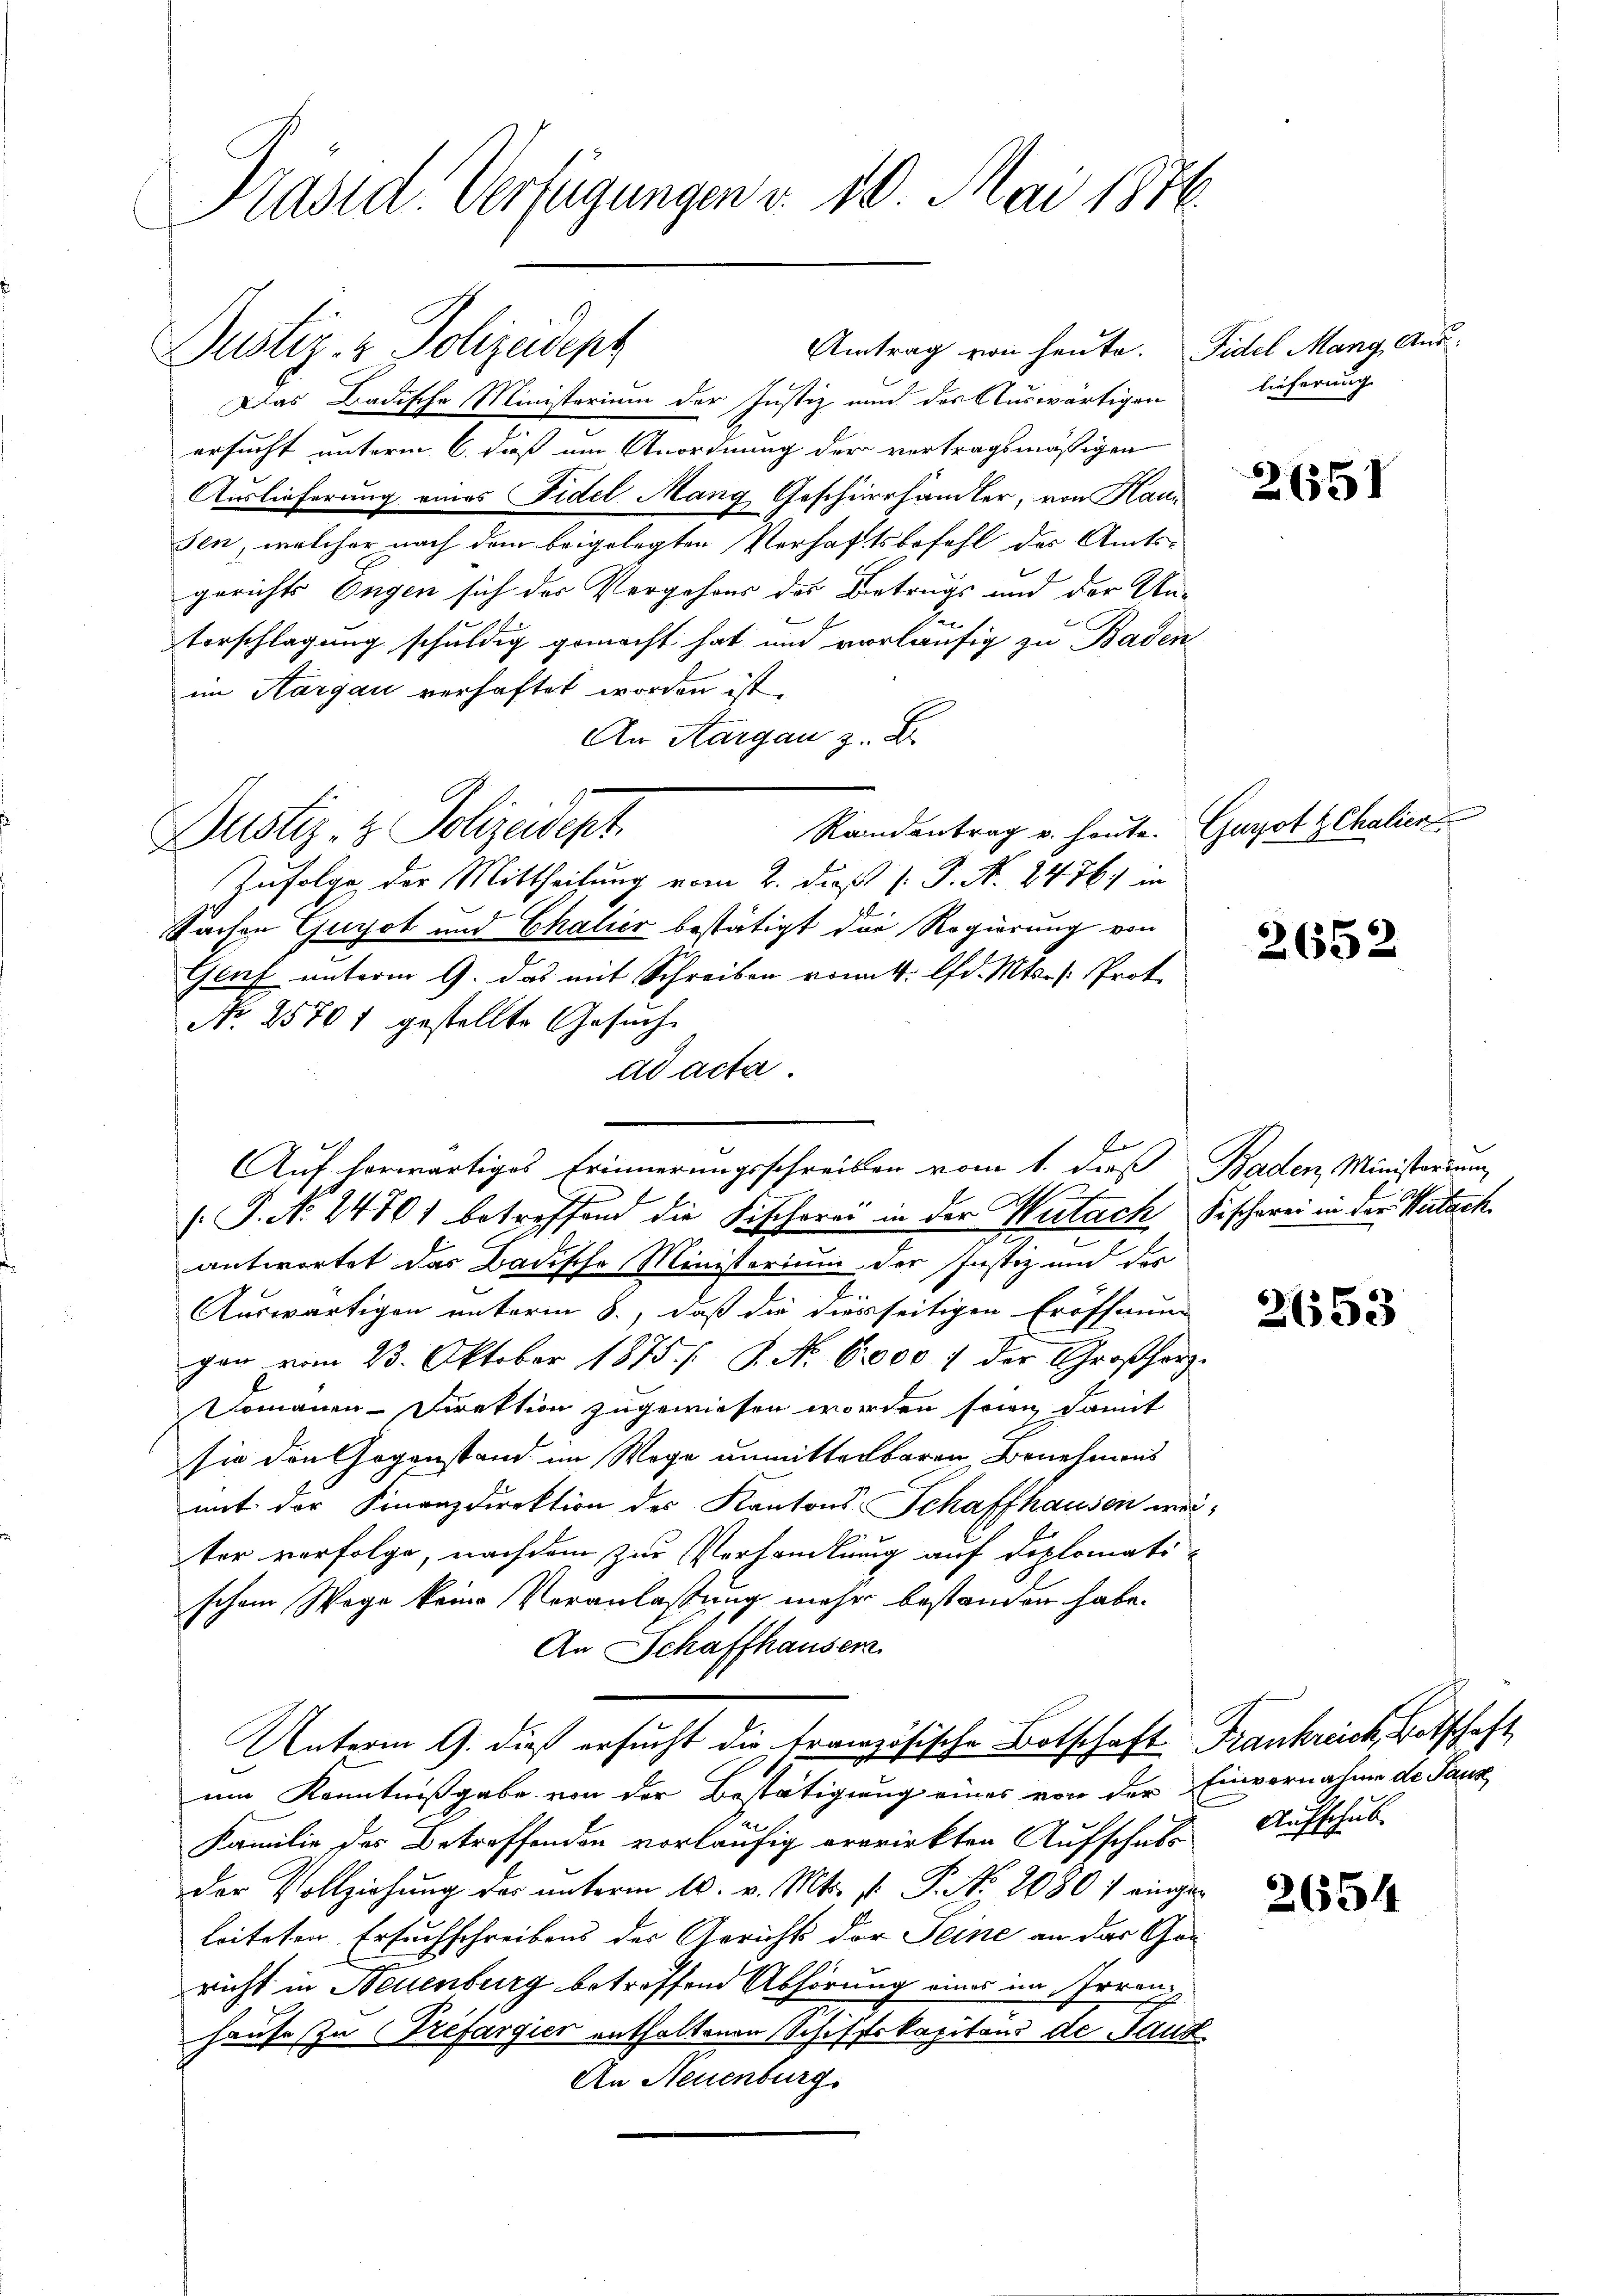
Präsid. Verfügungen v. 10. Mai 1846.

Antrag von heute. Fidel Mang, Aus¬
Dustiz- & Polizeident
Das Badische Ministerium der Justiz und des Auswärtigen
ersucht unterm 6. dieß um Anordnung der vertragsmäßigen
Auslieferung eines Fidel Mang, Geschierhändler, von Hau
sen, welcher nach dem beigelegten Verhaftsbefehl des Amtsgerichts Engen sich des Vergehens des Betrugs und der Unhen
Vorschlagung schuldig gemacht hat und vorläufig zu Baden
im Aargau verhaftet worden ist.
An Aargau z. B.
Randentrag u. heute. Guizot Chalien
Dustiz- & Polizeidept
Zufolge der Mittheilung vom 2. dieß (: P. N. 2476. in
Sachen Guyot und Chalier bestätigt die Regierung von
Genf unterm 9. das mit Schreiben vom 1. lfd. Mts. /: Prot
No. 25701 gestellte Gesuche
ad acta
.P. No. 24701 betreffend die Fischerei in der Wutach, Fischerei in der Weitach
antwortet das Badische Ministerium der Justiz und des
Auswärtigen unterm 8., daß die diesseitigen Eröffnung
gan vom 23. Oktober 1875. P. Nr. 60000 : der Großherz-
Domänen-Direktion zugewiesen worden sein, damit
sie den Gegenstand im Wege unmittelbaren Benehmens
mit der Finanzdirektion des Kantons Schaffhausen wei-
ter verfolge, nachdem zur Verhandlung auf diplomati-
schene Wege keine Veranlassung mehr bestanden habe.
An Schaffhauser.
Unterm 9. dieß ersucht die französische Botschaft Frankreich, Botschaft
um Kenntnißgabe von der Bestätigung eines von der Einvernahme de Taus
Familie des Betreffenden vorläufig erwirkten Aufschubs Aufschub
der Vollziehung des unterm 10. v. Mts. f. P. No. 2080 / eingeleiteten Ersuchschreibens der Gerichts der Seine an das Gan
richt in Neuenburg betreffend Abhörung eines im Irren¬
Hause zu Trefargier enthaltenen Schifstekapitaus de Baut
An Neuenburg.

E
Auf herwärtiges Erinnerungsschreiben vom 1. dieß Baden Ministerium

lieferung

2651

2652.

2653

2654